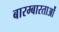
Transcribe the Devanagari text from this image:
बारम्बारताओं